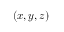
( x , y , z )